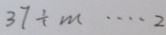
3 7 \div m \cdots 2